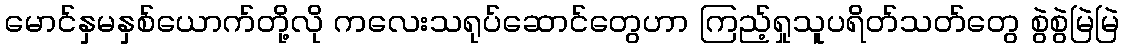
မောင်နှမနှစ်ယောက်တို့လို ကလေးသရုပ်ဆောင်တွေဟာ ကြည့်ရှုသူပရိတ်သတ်တွေ စွဲစွဲမြဲမြဲ